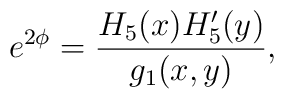
e^{2\phi} = {H_5(x)H'_5(y)\over g_1(x,y)},